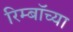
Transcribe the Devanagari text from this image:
रिम्बॉच्या